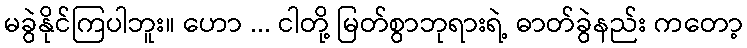
မခွဲနိုင်ကြပါဘူး။ ဟော ... ငါတို့ မြတ်စွာဘုရားရဲ့ ဓာတ်ခွဲနည်း ကတော့